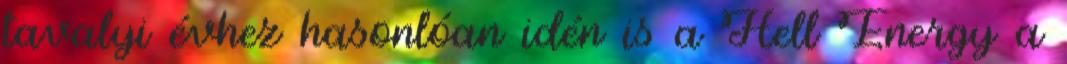
tavalyi évhez hasonlóan idén is a Hell Energy a